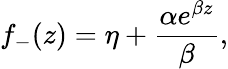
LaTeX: f_{-}(z)=\eta+\frac{\alpha e^{\beta z}}{\beta},